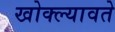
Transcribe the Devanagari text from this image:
खोक्ल्यावते